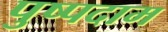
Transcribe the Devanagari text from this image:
पुष्पदाम